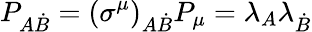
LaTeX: P_{A\dot{B}}=\left(\sigma^{\mu}\right)_{A\dot{B}}P_{\mu}=\lambda_{A}\lambda_{\dot{B}}